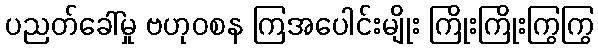
ပညတ်ခေါ်မှု ဗဟုဝစန ကြအပေါင်းမျိုး ကြိုးကြိုးကြွကြွ